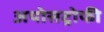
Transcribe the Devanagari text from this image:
अपोसट्रोफी